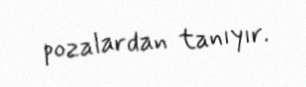
pozalardan tanıyır.